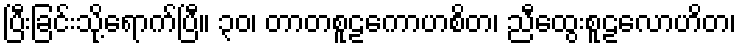
ပြီးခြင်းသို့ရောက်ပြီ။ ၃၀၊ တာတစူဠကောဟစိတ၊ ညီထွေးစူဠလောဟိတ၊